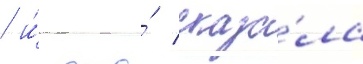
/ и́ она́ сказа́ла